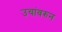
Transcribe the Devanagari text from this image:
उचांवरुन